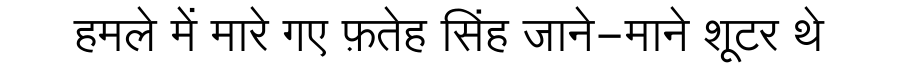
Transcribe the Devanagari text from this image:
हमले में मारे गए फ़तेह सिंह जाने-माने शूटर थे